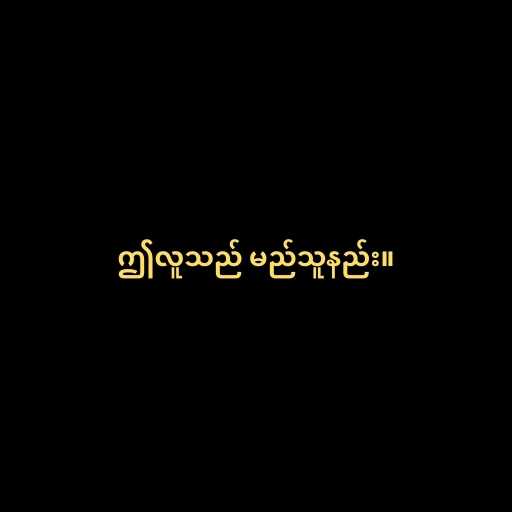
ဤလူသည် မည်သူနည်း။